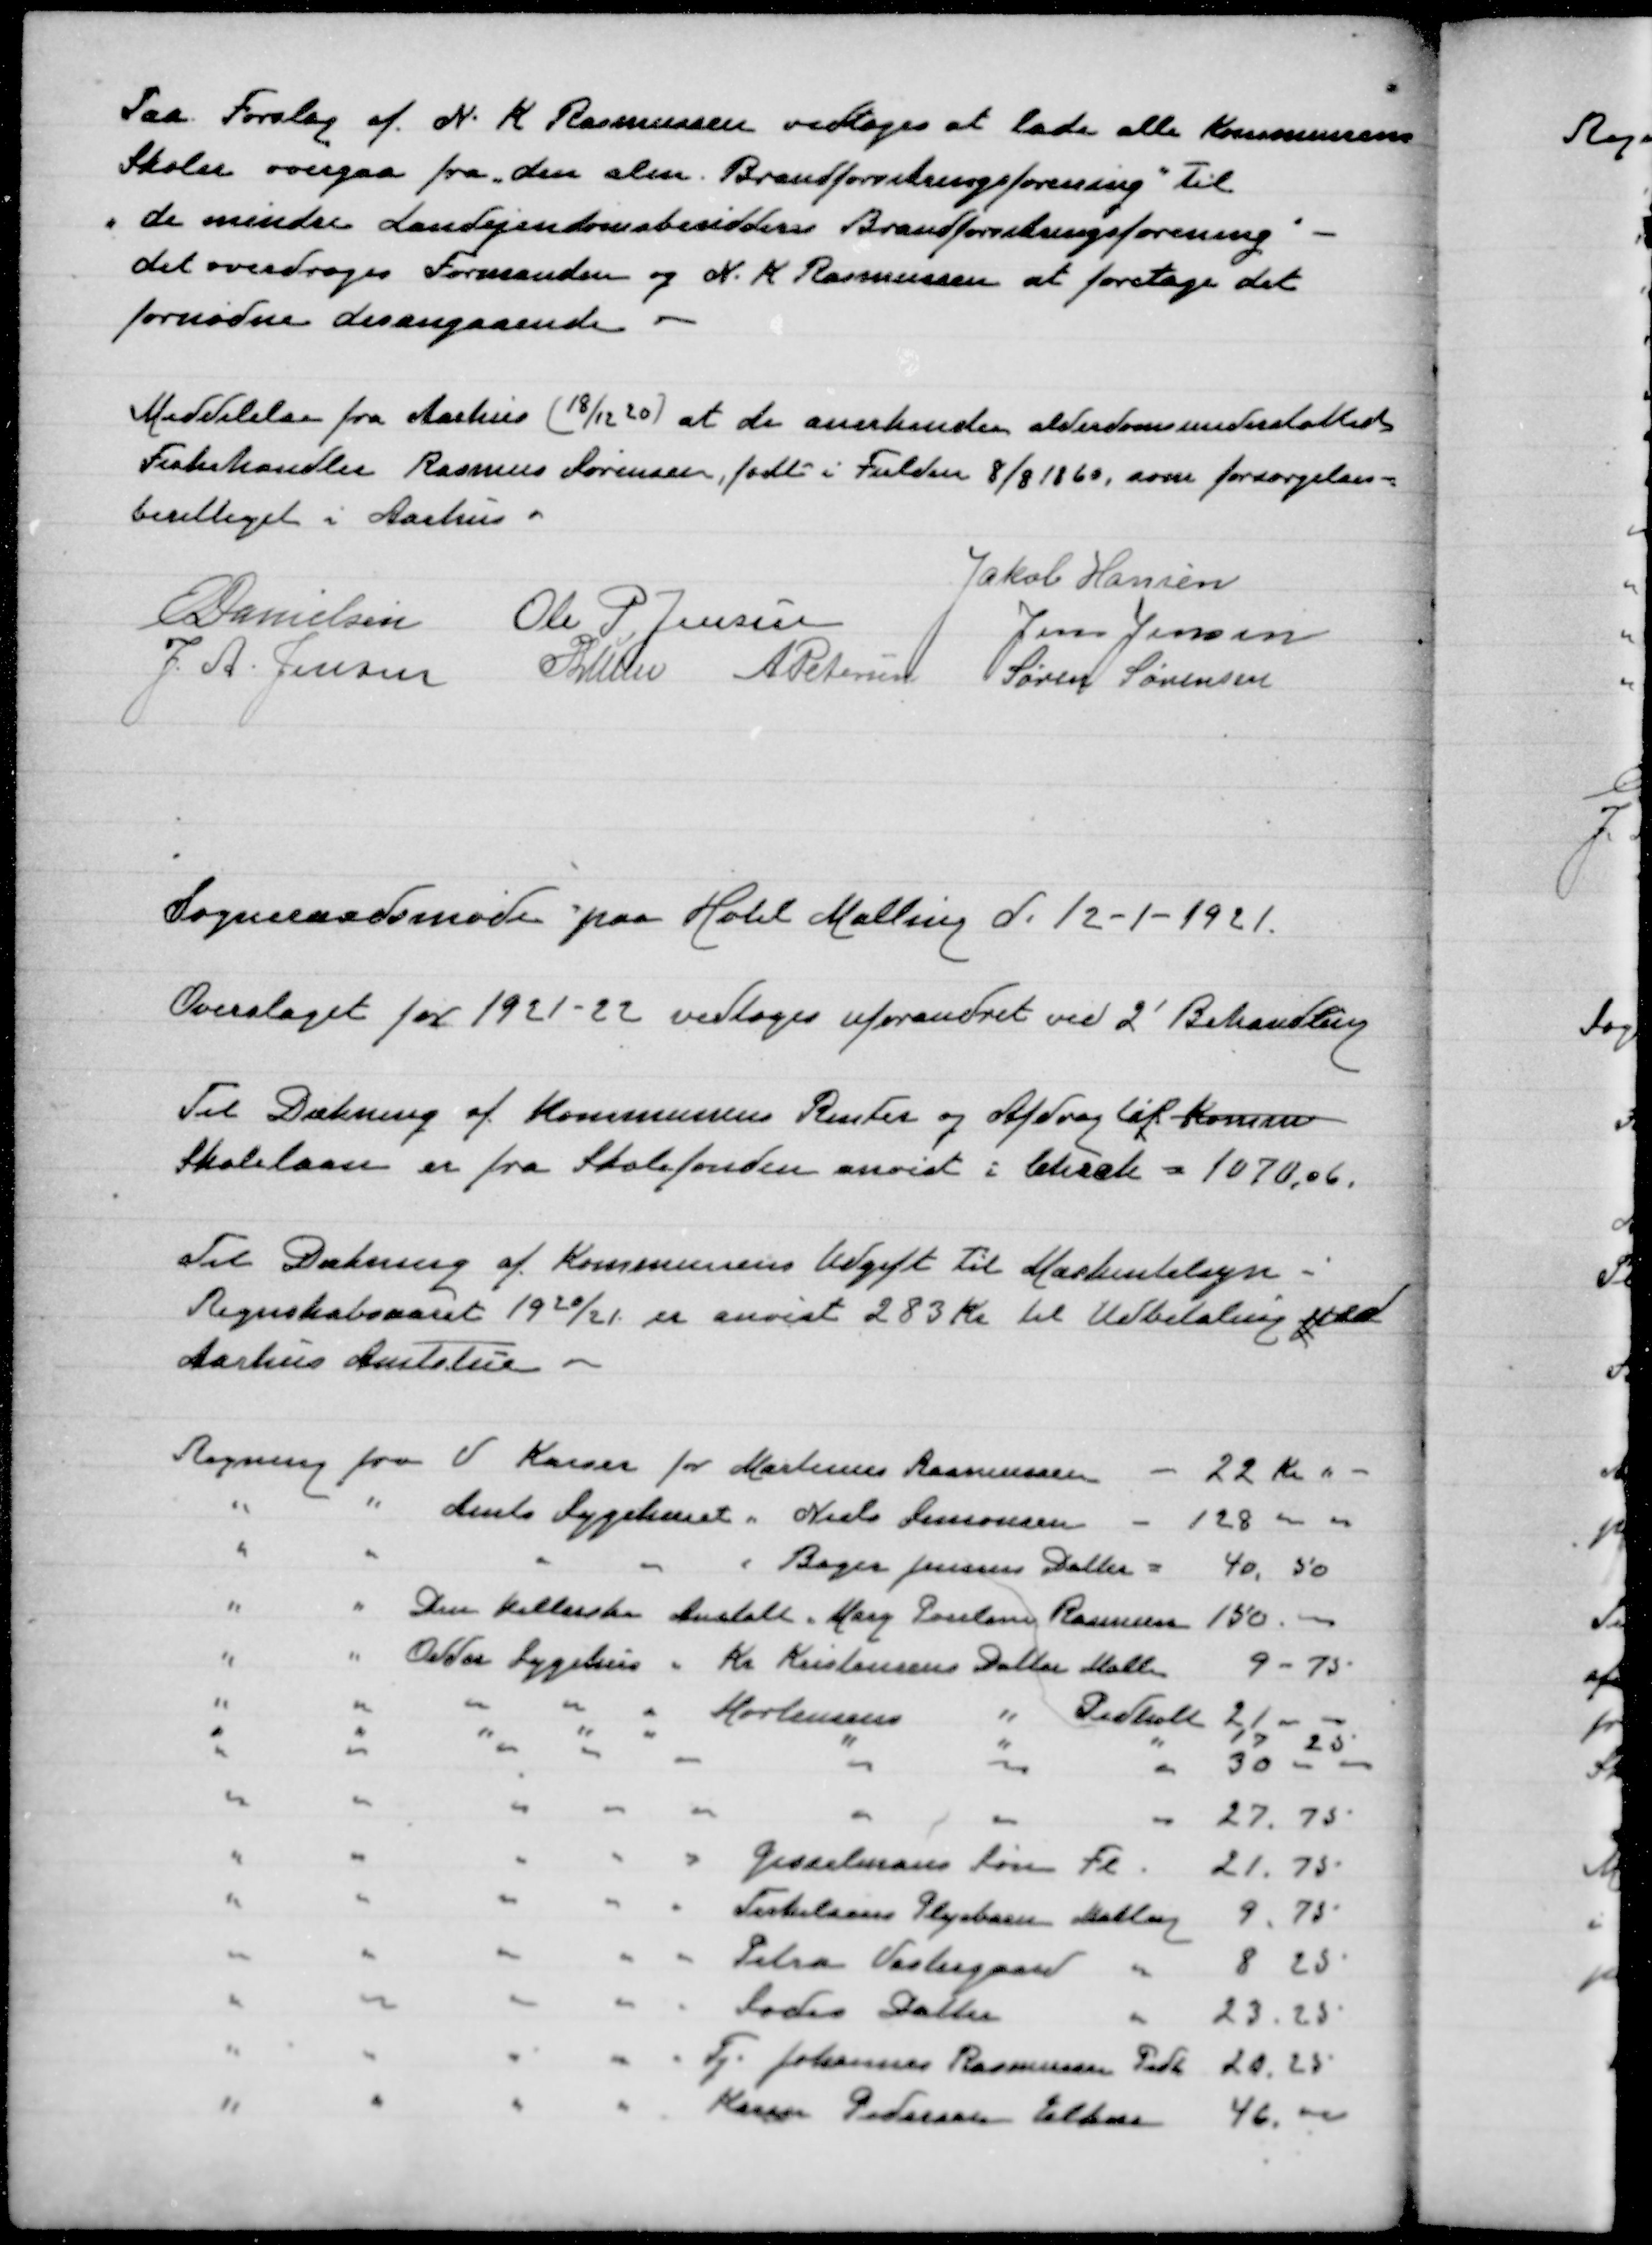
Transskription:
Paa Forslag af N. K Rasmussen vedtoges at lade alle Kommunens
Skoler overgaa fra den „alm. Brandforsikringsforening” til
„de mindre Landejendomsbesidderes Brandforsikringsforening”
det overdroges Formanden og N.K Rasmussen at foretage det
fornødne desangaaende

Meddelelse fra Aarhus (18/12 20) at de anerkender Alderdomsunderstøttede
Fiskehandler Rasmus Sørensen, født i Fulden 8/8 1860m som forsørgelses-
berettiget i Aarhus.

Jakob Hansen
E Danielsen
Ole P. Jensen
Jens Jensen
J. A. Jensen
P Lunn
A Petersen
Søren Sørensen

Sogneraadsmøde paa Hotel Malling d. 12-1-1921.

Overslaget for 1921-22 vedtoges uforandret ved 2' Behandling

Til Dækning af Kommunens Renter og Afdrag til Komm
Skolelaan er fra Skolefonden anvist i Check = 1070,06.

Til Dækning af Kommunens Udgift til Maskintilsyn -
Regbskabsaaret 1920/21 er anvist 283 Kr til Udbetaling ved
Aarhus Amtstue